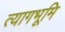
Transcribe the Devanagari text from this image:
त्यागभूमि